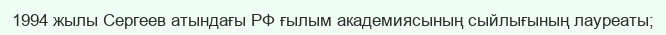
1994 жылы Сергеев атындағы РФ ғылым академиясының сыйлығының лауреаты;